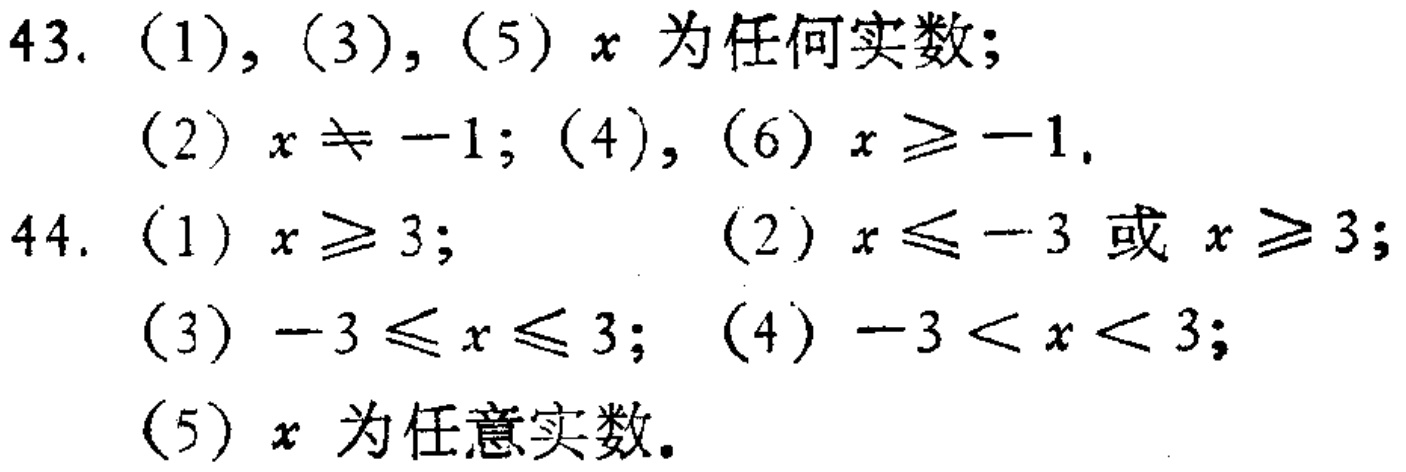
43. (1), (3), (5) \(x\) 为任何实数;

(2) \(x\neq - 1\); (4), (6) \(x\geq - 1\).

44. (1) \(x\geq 3\); (2) \(x\leq - 3\) 或 \(x\geq 3\);

(3) \(-3\leq x\leq 3\); (4) \(-3 < x < 3\);

(5) \(x\) 为任意实数.